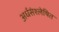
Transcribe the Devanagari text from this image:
अर्धसंश्लेषित